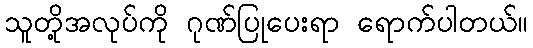
သူတို့အလုပ်ကို ဂုဏ်ပြုပေးရာ ရောက်ပါတယ်။